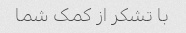
با تشکر از کمک شما